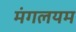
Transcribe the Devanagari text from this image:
मंगलयम